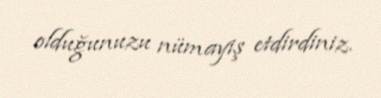
olduğunuzu nümayiş etdirdiniz.